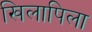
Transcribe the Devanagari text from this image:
खिलापिला